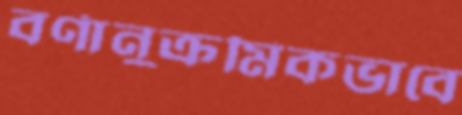
বর্ণানুক্রমিকভাবে